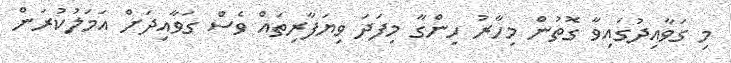
މި ގަވާއިދުގައިވާ ގޮތުން މިހާރު ހިންގާ މިފަދަ ވިޔަފާރިތައް ވެސް ގަވާއިދަށް އަމަލުކުރަން